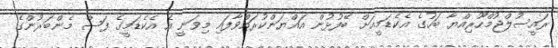
ރައީސުލްޖުމްހޫރިއްޔާ ބަހުގެ އެކެޑަމީއަށް ބޭފުޅުން އައްޔަންކުރައްވާފައި މިވަނީ އެ އެކެޑަމީގެ ފަސް މެންބަރުންގެ